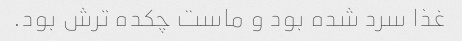
غذا سرد شده بود و ماست چکده ترش بود.